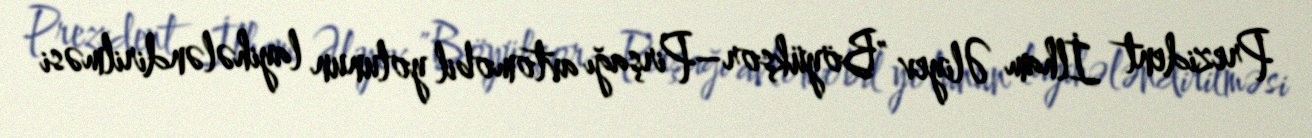
Prezident İlham Əliyev "Böyükşor–Pirşağı avtomobil yolunun layihələndirilməsi